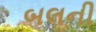
બલની